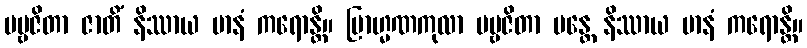
ပဗ္ဗဇိတာ ဇာတိံ နိဿာယ မာနံ ကရောန္တိ။ ဗြာဟ္မဏကုလာ ပဗ္ဗဇိတာ မန္တေ နိဿာယ မာနံ ကရောန္တိ။